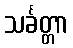
သင်္ခတ္တာ